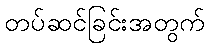
တပ်ဆင်ခြင်းအတွက်